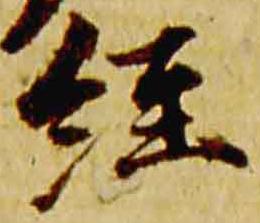
経